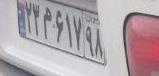
۲۳م۶۱۷۹۸